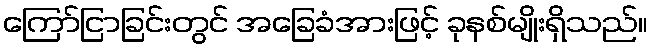
ကြော်ငြာခြင်းတွင် အခြေခံအားဖြင့် ခုနစ်မျိုးရှိသည်။